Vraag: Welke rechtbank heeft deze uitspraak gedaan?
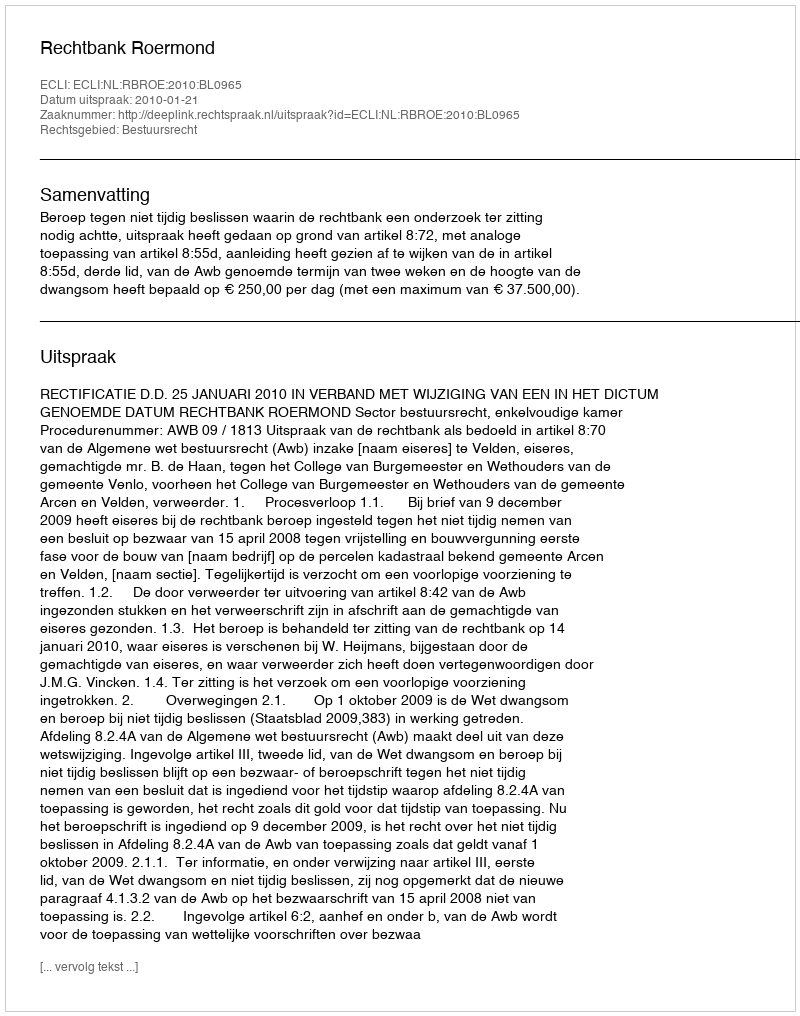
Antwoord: Rechtbank Roermond